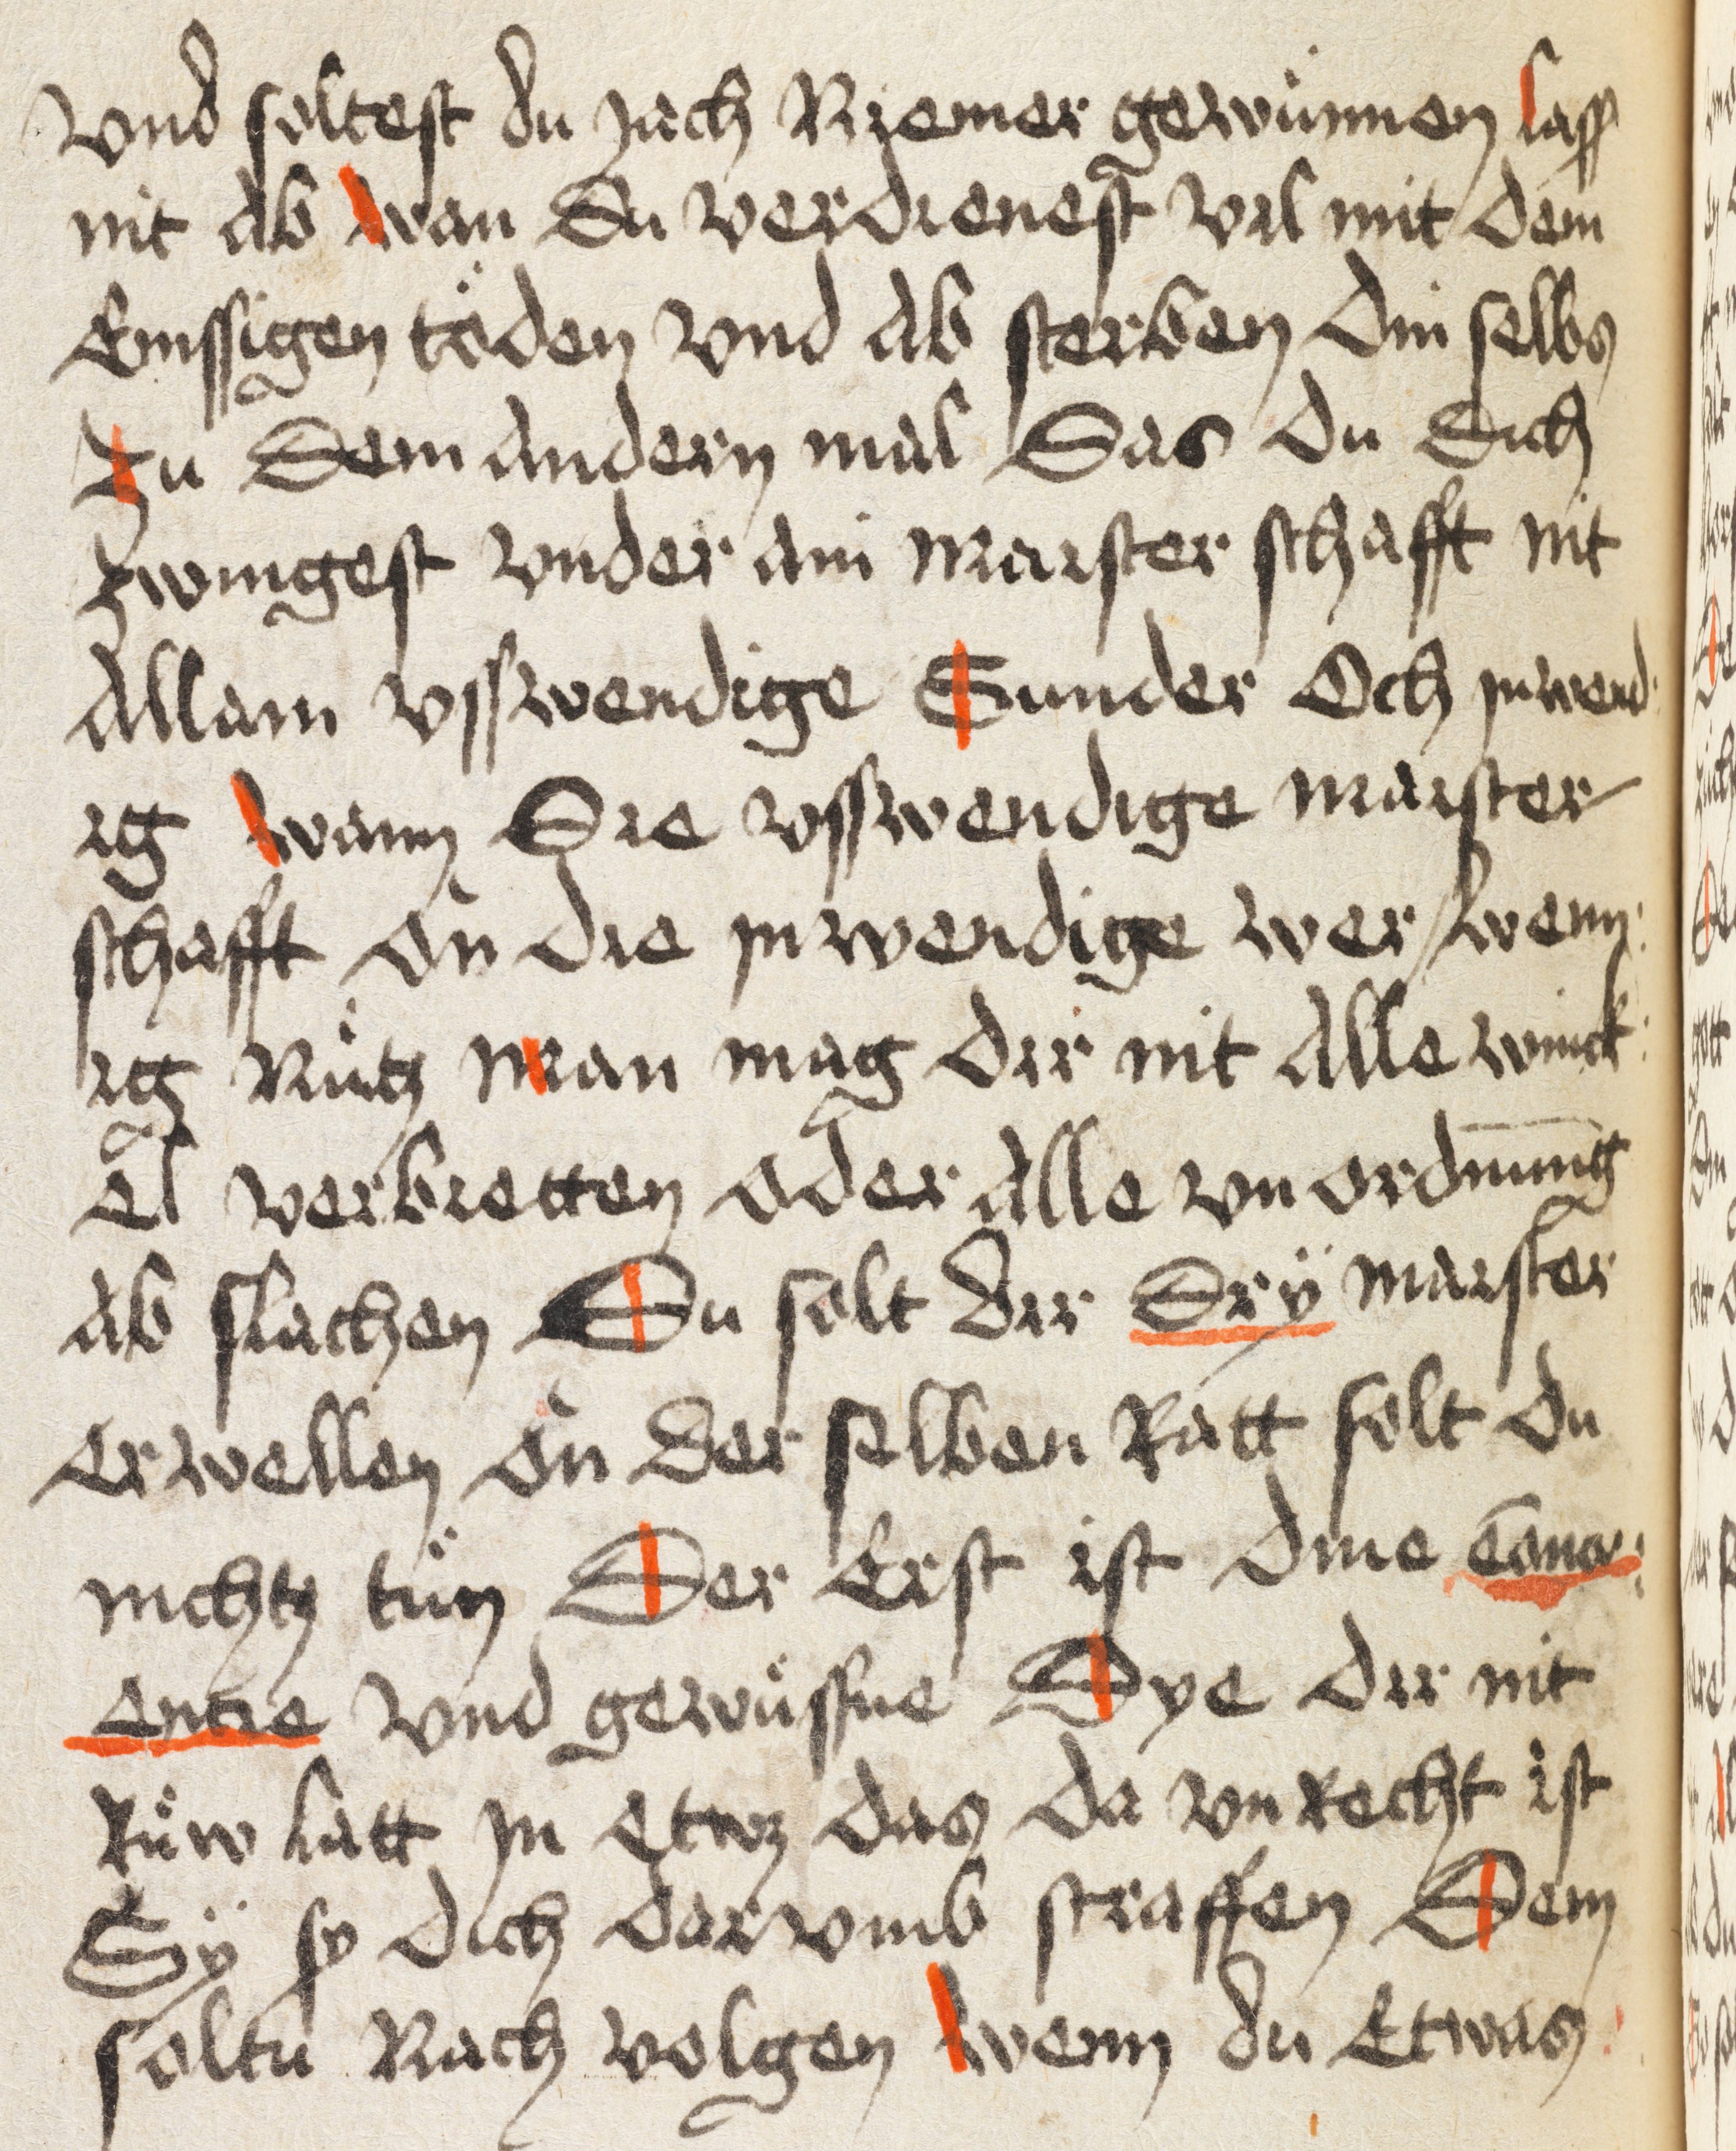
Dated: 1498–1498